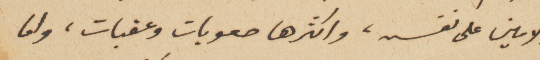
الامين على نفسه، واكثرها صعوبات وعقبات، واما